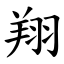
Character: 翔